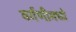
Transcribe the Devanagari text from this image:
वर्गणीमध्ये